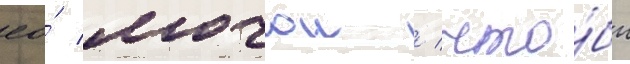
ео́ мочои / что́бы